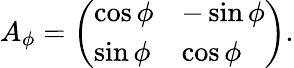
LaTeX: A_{\phi}=\left(\begin{array}{ll}{\cos\phi}&{-\sin\phi}\\ {\sin\phi}&{\cos\phi}\end{array}\right).